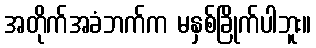
အတိုက်အခံဘက်က မနှစ်ခြိုက်ပါဘူး။